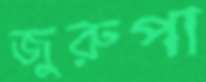
জুরুপা